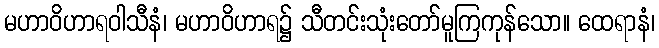
မဟာဝိဟာရဝါသီနံ၊ မဟာဝိဟာရ၌ သီတင်းသုံးတော်မူကြကုန်သော။ ထေရာနံ၊